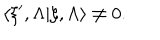
LaTeX: \langle \xi ^ { \prime } , \Lambda | \xi , \Lambda \rangle \not = 0 .